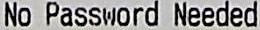
NO PASSWORD NEEDED